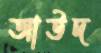
আউদ